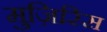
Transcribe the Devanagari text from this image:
मुज़िरिस